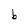
Character: b